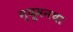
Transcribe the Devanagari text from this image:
न्यूमनचा